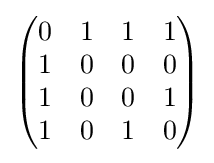
{\begin{pmatrix}0&1&1&1\\1&0&0&0\\1&0&0&1\\1&0&1&0\\\end{pmatrix}}